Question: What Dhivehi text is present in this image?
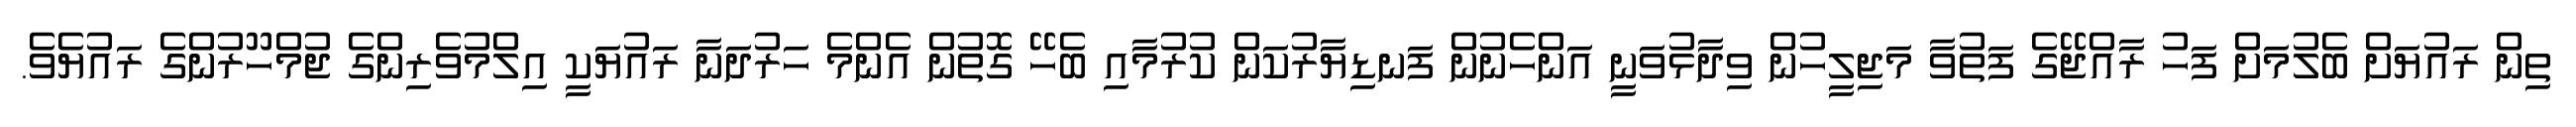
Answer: ތިން ރައުޔަށް ބެލުމަށް ފަހު ރާއްޖޭގެ ފަތުވާ މަޖިލީހުން ވިދާޅުވަނީ އަންހެނުން ފަނޑިޔާރުކަން ކުރުމާއި ބެހޭ ގޮތުން އެންމެ ހަރުދަނާ ރައުޔަކީ އިލްމުވެރިންގެ ޖުމްހޫރުންގެ ރައުޔެވެ.